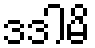
ဒဒါမိ